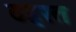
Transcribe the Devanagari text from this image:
ठहरत